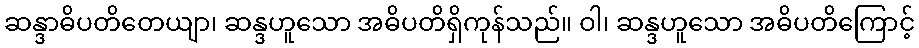
ဆန္ဒာဓိပတိတေယျာ၊ ဆန္ဒဟူသော အဓိပတိရှိကုန်သည်။ ဝါ၊ ဆန္ဒဟူသော အဓိပတိကြောင့်